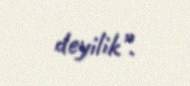
deyilik”.